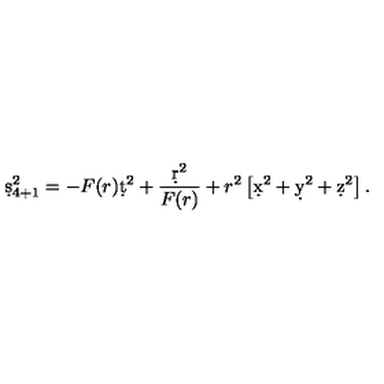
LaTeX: \d s _ { 4 + 1 } ^ { 2 } = - F ( r ) \d t ^ { 2 } + { \frac { \d r ^ { 2 } } { F ( r ) } } + r ^ { 2 } \left[ \d x ^ { 2 } + \d y ^ { 2 } + \d z ^ { 2 } \right] .